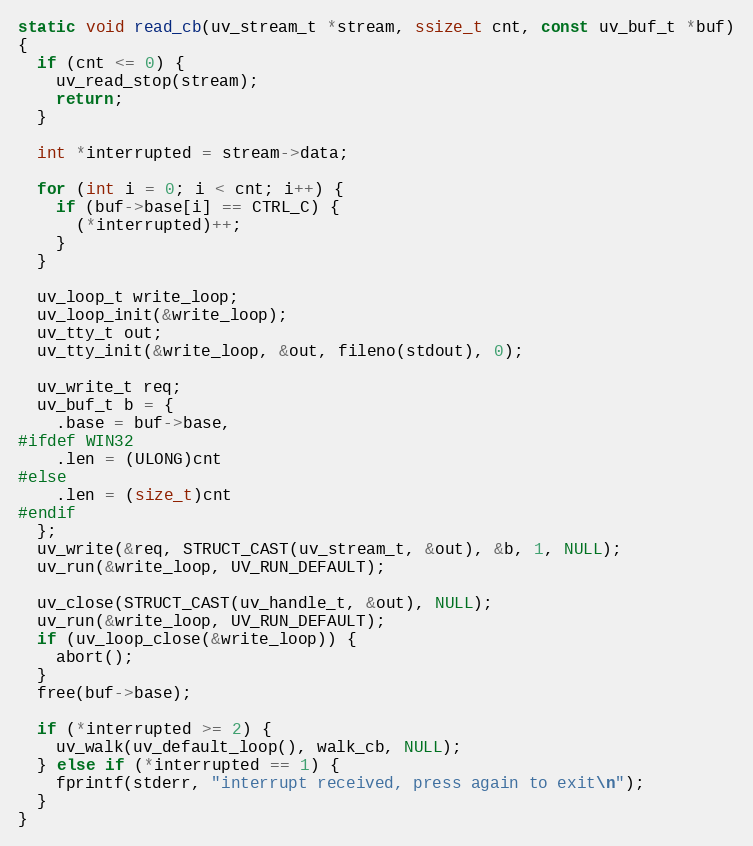
Language: C
static void read_cb(uv_stream_t *stream, ssize_t cnt, const uv_buf_t *buf)
{
  if (cnt <= 0) {
    uv_read_stop(stream);
    return;
  }

  int *interrupted = stream->data;

  for (int i = 0; i < cnt; i++) {
    if (buf->base[i] == CTRL_C) {
      (*interrupted)++;
    }
  }

  uv_loop_t write_loop;
  uv_loop_init(&write_loop);
  uv_tty_t out;
  uv_tty_init(&write_loop, &out, fileno(stdout), 0);

  uv_write_t req;
  uv_buf_t b = {
    .base = buf->base,
#ifdef WIN32
    .len = (ULONG)cnt
#else
    .len = (size_t)cnt
#endif
  };
  uv_write(&req, STRUCT_CAST(uv_stream_t, &out), &b, 1, NULL);
  uv_run(&write_loop, UV_RUN_DEFAULT);

  uv_close(STRUCT_CAST(uv_handle_t, &out), NULL);
  uv_run(&write_loop, UV_RUN_DEFAULT);
  if (uv_loop_close(&write_loop)) {
    abort();
  }
  free(buf->base);

  if (*interrupted >= 2) {
    uv_walk(uv_default_loop(), walk_cb, NULL);
  } else if (*interrupted == 1) {
    fprintf(stderr, "interrupt received, press again to exit\n");
  }
}